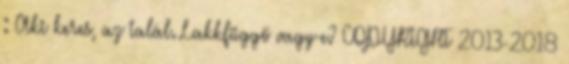
: Aki keres, az talál. Lakkfüggő vagy-e? COPYRIGHT 2013-2018